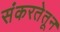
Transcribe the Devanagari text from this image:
संकरतेतून